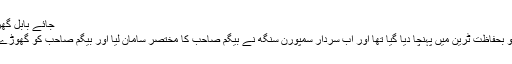
جائے بابُل گھر آپنو میں چلی پیّا کے دیش، بابُل مورا ------ "
سورج طلوع ہونے سے قبل ہی تمام مہاجرین کو بحفاظت ٹرین میں پہنچا دیا گیا تھا اور اب سردار سمپورن سنگھ نے بیگم صاحب کا مختصر سامان لیا اور بیگم صاحب کو گھوڑے پر بیٹھا ریلوے سٹیشن کی جانب گھوڑا دوڑایا۔